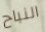
النباح